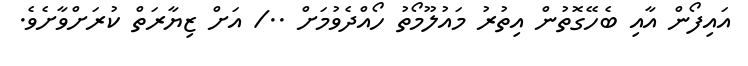
އައިފޯން އާއި ބެހޭގޮތުން އިތުރު މައުލޫމޯތު ހޯއްދެވުމަށް ../ އަށް ޒިޔާރަތް ކުރަށްވާށެވެ.